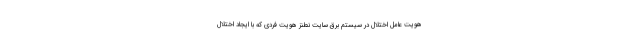
هویت عامل اختلال در سیستم برق سایت نطنز هویت فردی که با ایجاد اختلال